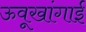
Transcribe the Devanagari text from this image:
ऊवूखांगाई